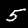
Label: 5